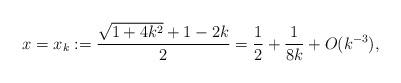
LaTeX: \begin{align*}x = x_k := \frac{\sqrt{1+4k^2}+1-2k}{2} = \frac12 + \frac{1}{8k}+ O(k^{-3}),\end{align*}